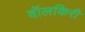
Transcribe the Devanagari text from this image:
वॉलकिरी